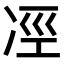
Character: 𠗊